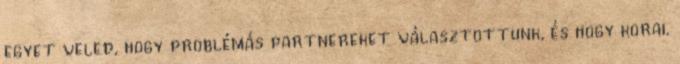
egyet veled, hogy problémás partnereket választottunk, és hogy korai.